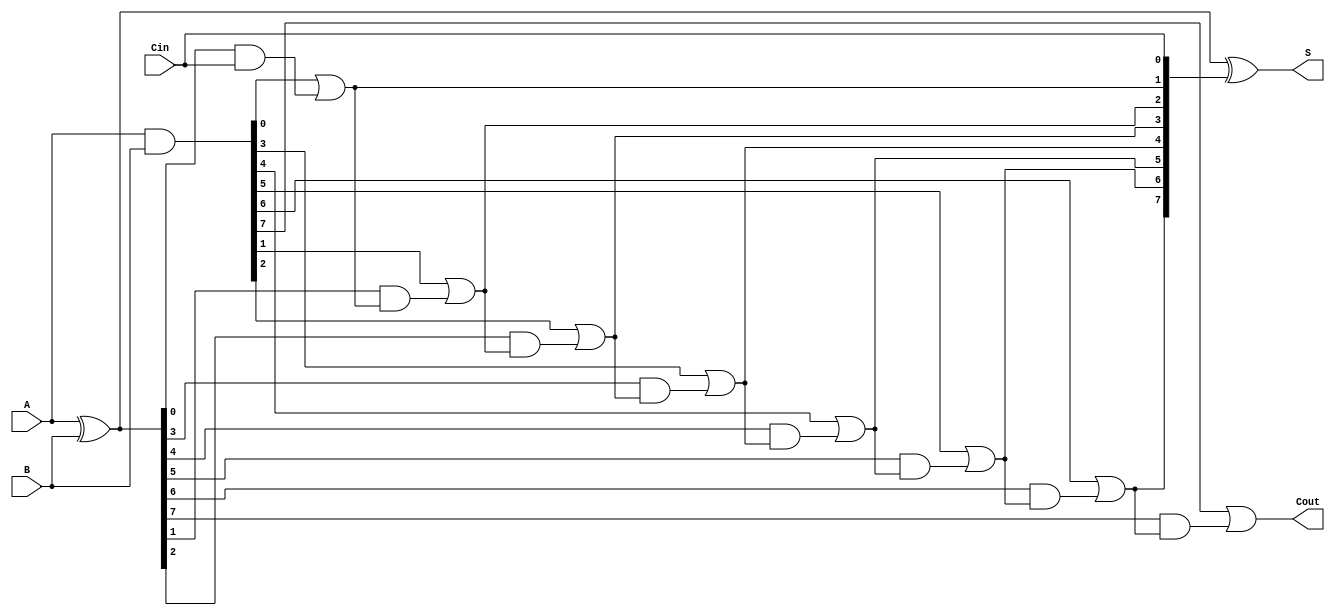
module VLCLA #(parameter WIDTH = 8) (
    input  wire [WIDTH-1:0] A,      // First operand
    input  wire [WIDTH-1:0] B,      // Second operand
    input  wire Cin,                 // Carry-in
    output wire [WIDTH-1:0] S,       // Sum output
    output wire Cout                 // Carry-out
);

    // Generate and Propagate signals
    wire [WIDTH-1:0] G; // Generate
    wire [WIDTH-1:0] P; // Propagate
    wire [WIDTH:0] C;   // Carry signals

    // Generate and Propagate calculations
    assign G = A & B;           // Generate
    assign P = A ^ B;           // Propagate
    assign C[0] = Cin;          // Carry-in

    // Carry calculation with variable latency
    genvar i;
    generate
        for (i = 0; i < WIDTH; i = i + 1) begin : carry_calc
            if (i == 0) begin
                assign C[i+1] = G[i] | (P[i] & C[i]); // Level 1 carry
            end else begin
                assign C[i+1] = G[i] | (P[i] & C[i]); // Level 2 carry
            end
        end
    endgenerate

    // Sum calculation
    assign S = P ^ C[WIDTH-1:0]; // Sum output
    assign Cout = C[WIDTH];       // Carry-out

endmodule